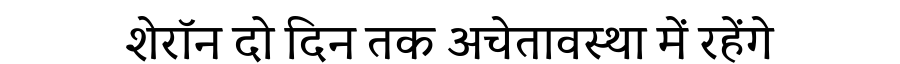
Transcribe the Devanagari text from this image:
शेरॉन दो दिन तक अचेतावस्था में रहेंगे